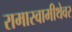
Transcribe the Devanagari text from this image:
रामास्वामीथेवर